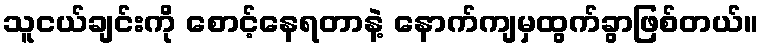
သူငယ်ချင်းကို စောင့်နေရတာနဲ့ နောက်ကျမှထွက်ခွာဖြစ်တယ်။